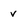
Character: v